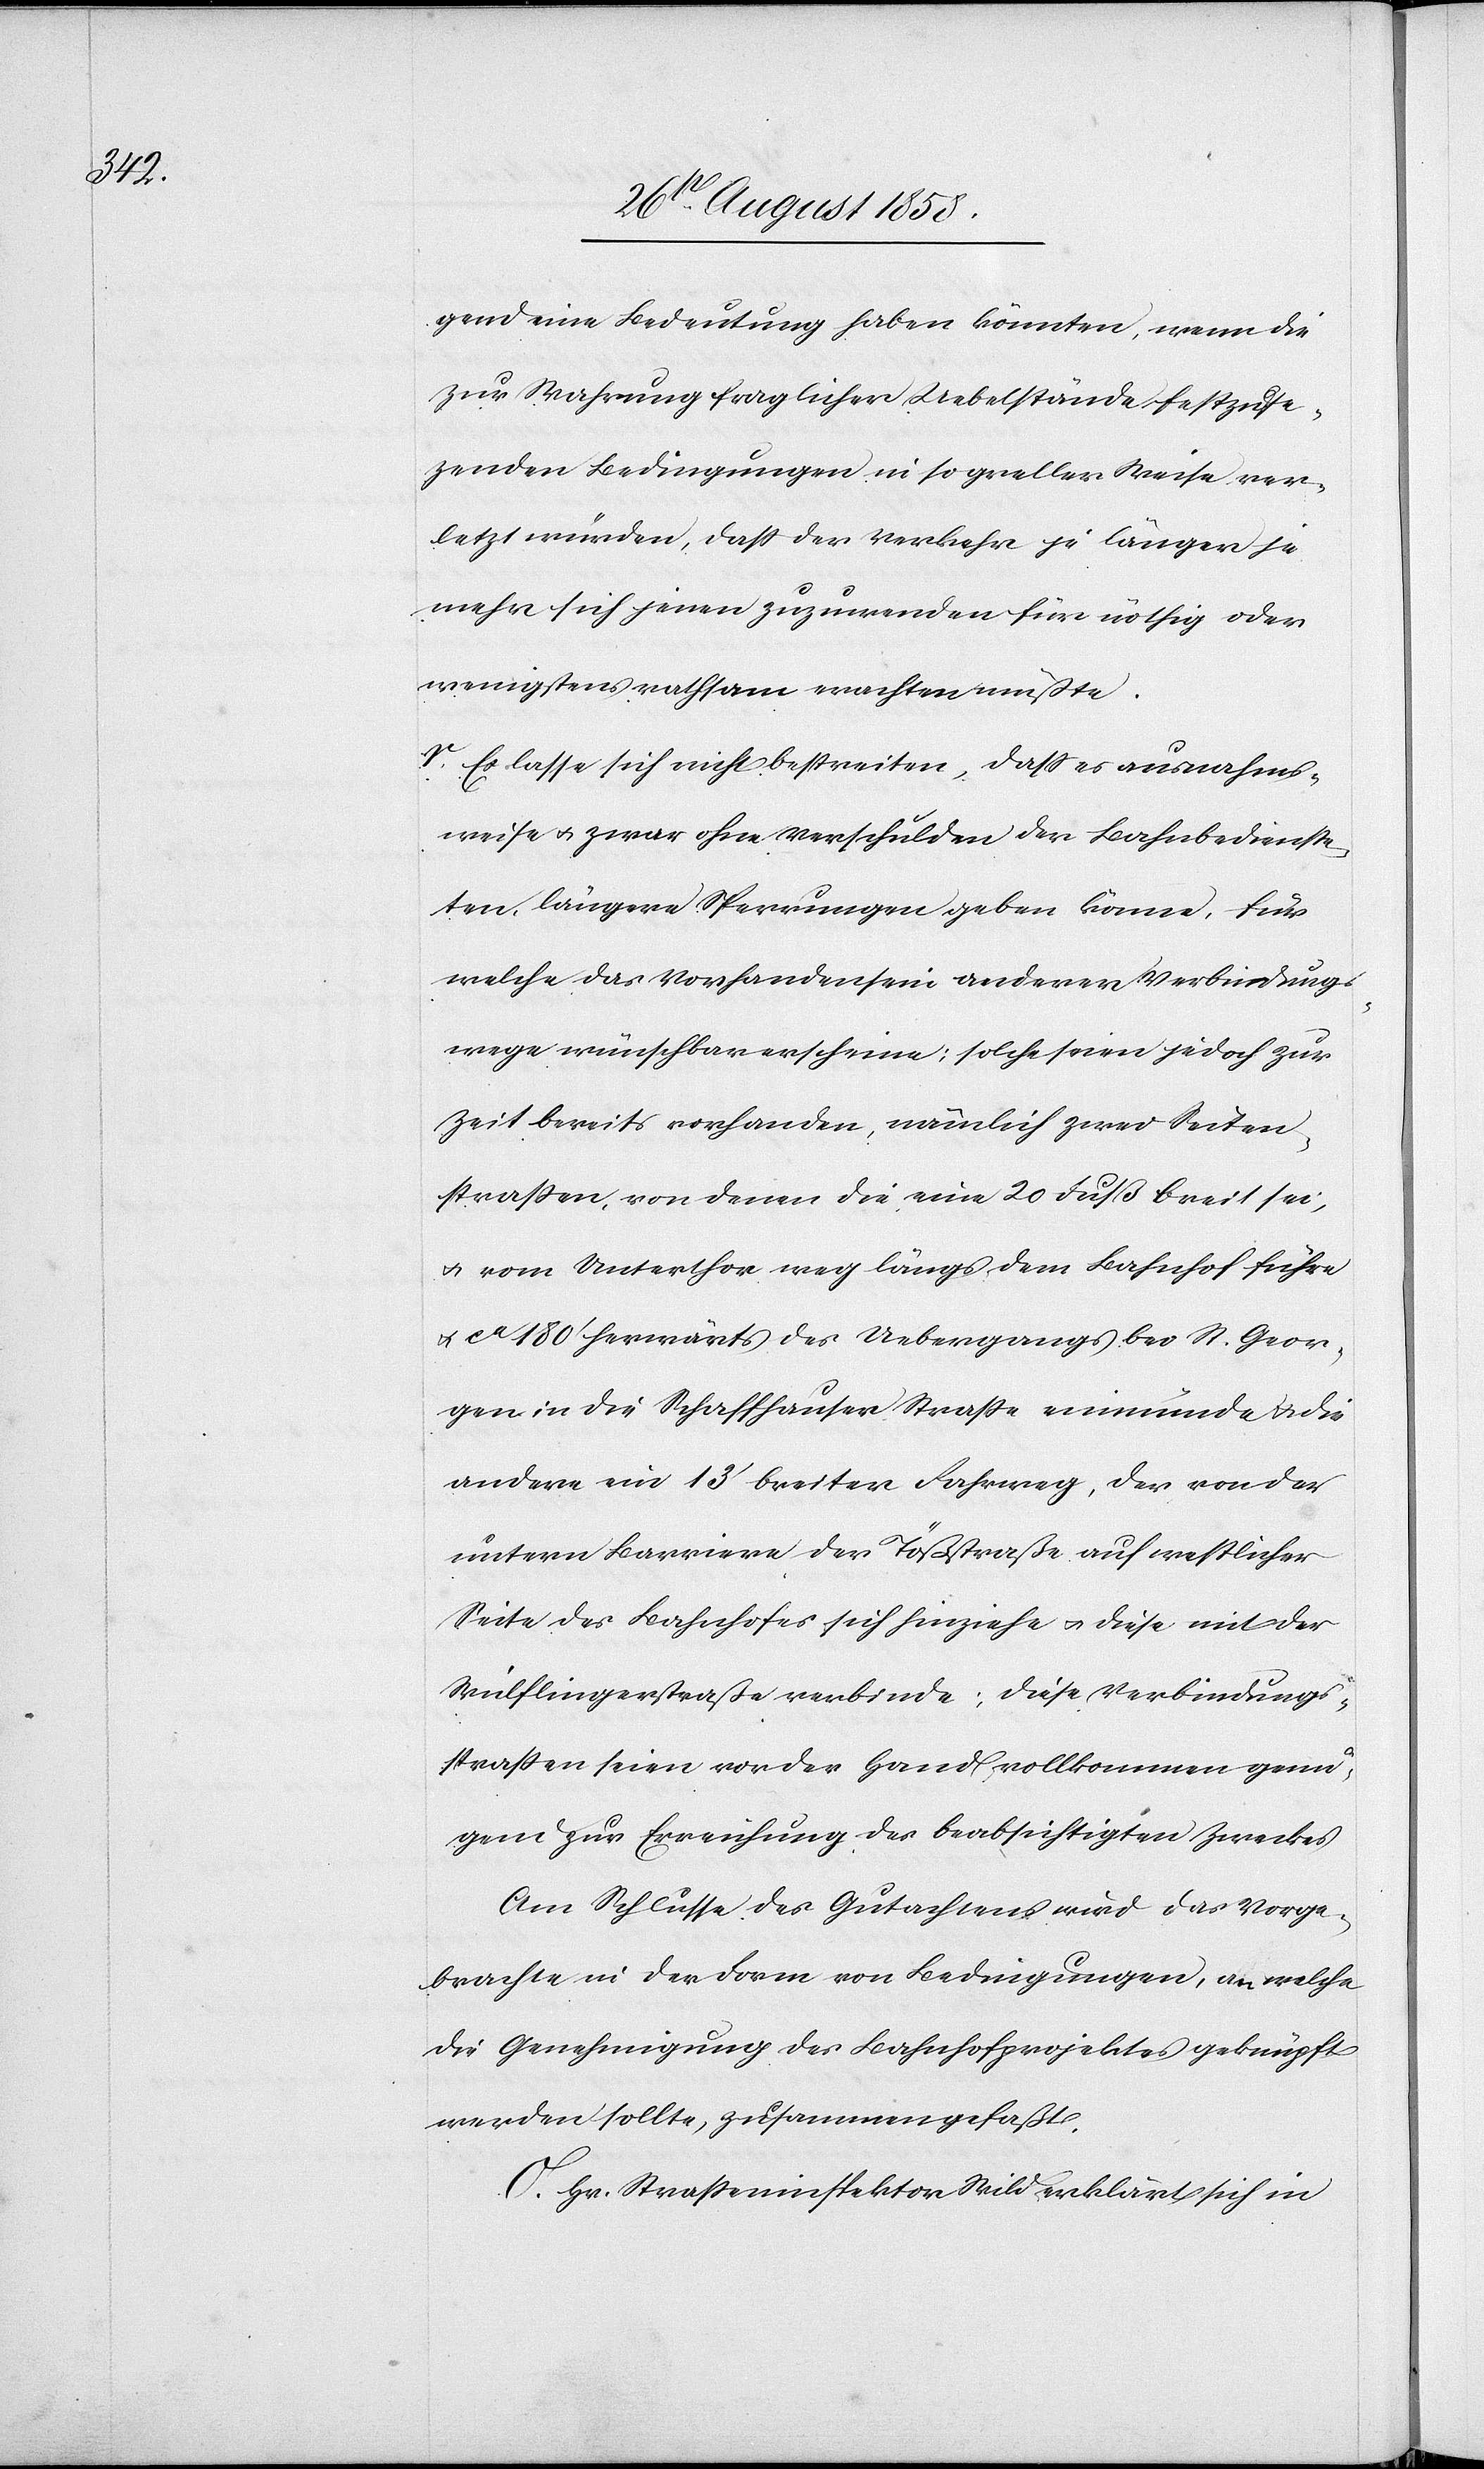
gend eine Bedeutung haben könnten, wenn die
zur Wahrung fraglicher Uebelstände festzus¬
e[t]zenden Bedingungen in so greller Weise ver¬
letzt würden, dass der Verkehr je länger je
mehr sich jenen zuzuwenden für nöthig oder
wenigstens rathsam erachten müßte.
r. Es lasse sich nicht bestreiten, dass es ausnahms¬
weise & zwar ohne Verschulden der Bahnbedienste¬
ten, längere Sperrungen geben könne, für
welche das Vorhandensein anderer Verbindungs¬
wege wünschbar erscheine; solche seien jedoch zur
Zeit bereits vorhanden, nämlich zwei Seiten¬
strassen, von denen die eine 20 Fuß breit sei,
& vom Unterthor weg längs dem Bahnhof führe
& ca 180‘ herwärts des Uebergangs bei St. Geor¬
gen in die Schaffhauser Strasse einmünde & die
andere ein 13‘ breiter Fahrweg, der von der
untern Barriere der Tößstraße auf westlicher
Seite ds Bahnhofes sich hinziehe & diese mit der
Wülflingerstraße verbinde; diese Verbindungs¬
strassen seien vor der Hand vollkommen genü¬
gend zur Erreichung des beabsichtigten Zweckes
Am Schlusse des Gutachtens wird das Vorge¬
brachte in der Form von Bedingungen, an welche
die Genehmigung des Bahnhofprojektes geknüpft
werden sollte, zusammengefaßt.
O. Hr. Strasseninspektor Wild erklärt sich in